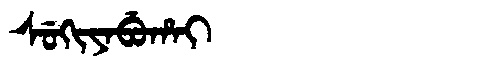
Manchu: ᠰᡠᡴᡳᠶᠠᠪᡠᡥᠠᡳ
Romanization: SUKIYABUHAI